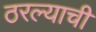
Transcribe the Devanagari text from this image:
ठरल्याची